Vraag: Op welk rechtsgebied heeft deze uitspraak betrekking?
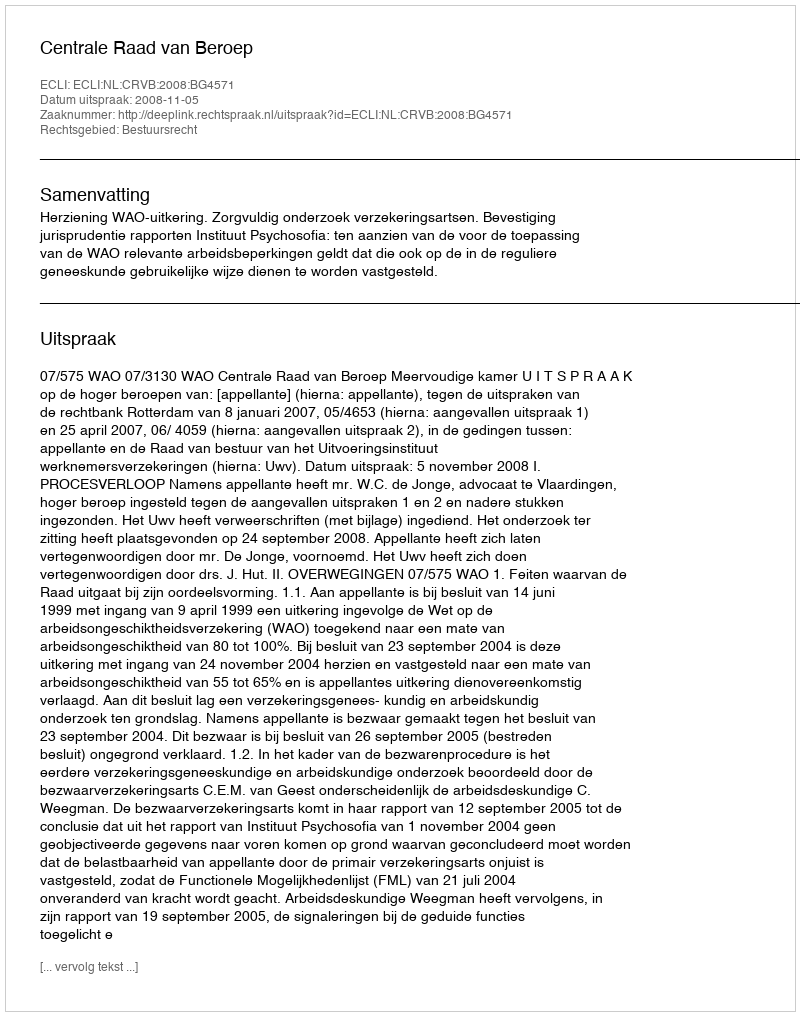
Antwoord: Bestuursrecht